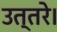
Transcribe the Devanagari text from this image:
उत्तरे।